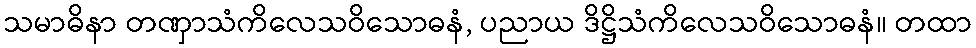
သမာဓိနာ တဏှာသံကိလေသဝိသောဓနံ, ပညာယ ဒိဋ္ဌိသံကိလေသဝိသောဓနံ။ တထာ